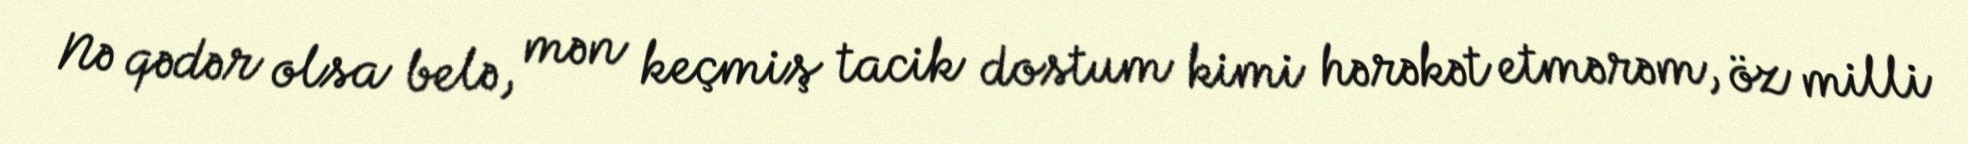
Nə qədər olsa belə, mən keçmiş tacik dostum kimi hərəkət etmərəm, öz milli